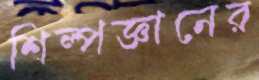
শিল্পজ্ঞানের